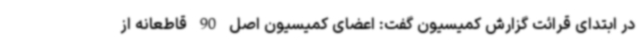
در ابتدای قرائت گزارش کمیسیون گفت: اعضای کمیسیون اصل 90 قاطعانه از